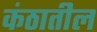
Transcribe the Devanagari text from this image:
कंठातील